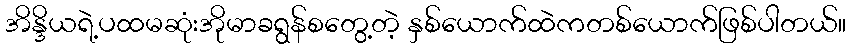
အိန္ဒိယရဲ့ပထမဆုံးအိုမာခရွန်စတွေ့တဲ့ နှစ်ယောက်ထဲကတစ်ယောက်ဖြစ်ပါတယ်။